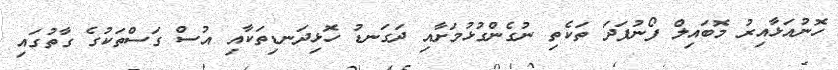
ހޮނުއަޅާއިރު މޮބައިލް ފޯނުފަދަ ތަކެތި ނުގެންގުޅުމަށާއި ދަގަނޑު ހޮޅިދަނޑިތަކާއި އުސް ގަސްތަކުގެ ގާތުގައި